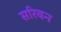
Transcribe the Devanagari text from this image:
सरिवन